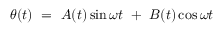
\theta ( t ) \ = \ A ( t ) \sin \omega t \ + \ B ( t ) \cos \omega t